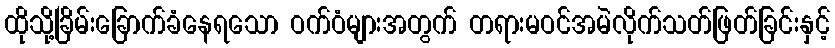
ထိုသို့ခြိမ်းခြောက်ခံနေရသော ဝက်ဝံများအတွက် တရားမဝင်အမဲလိုက်သတ်ဖြတ်ခြင်းနှင့်